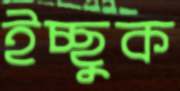
ইচ্ছুক